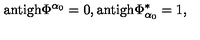
\mathrm { a n t i g h } \Phi ^ { \alpha _ { 0 } } = 0 , \mathrm { a n t i g h } \Phi _ { \alpha _ { 0 } } ^ { * } = 1 ,